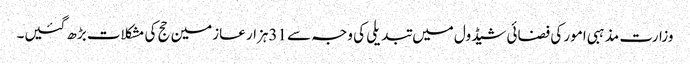
وزارت مذہبی امور کی فضائی شیڈول میں تبدیلی کی وجہ سے 31ہزار عازمین حج کی مشکلات بڑھ گئیں۔